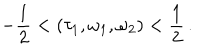
- \frac { 1 } { 2 } < ( \tau _ { 1 } , \omega _ { 1 } , \omega _ { 2 } ) < \frac { 1 } { 2 } \, .